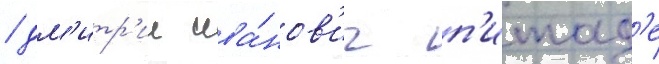
/ дм'итр'ии ива́нов'ич п'итад'е